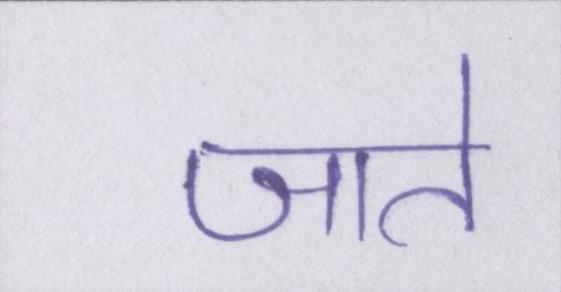
जाते